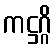
ကဋ္ဌဂ္ဂိ